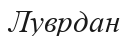
Луврдан